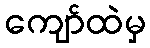
ကျော်ထဲမှ